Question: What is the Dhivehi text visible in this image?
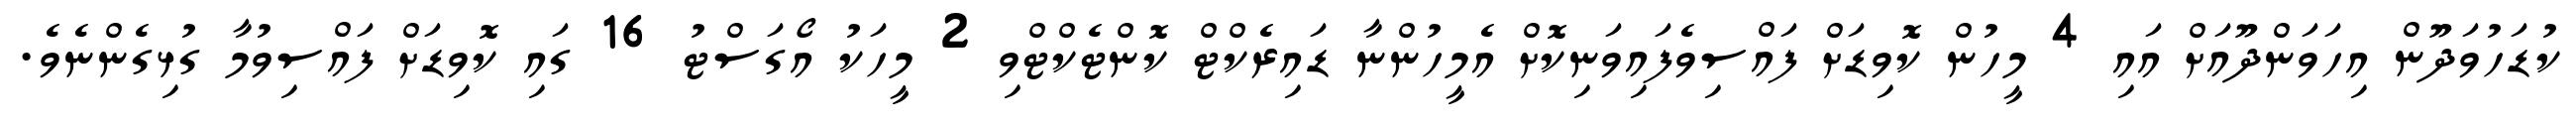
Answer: ކުޑަހުވަދޫން އިހަވަންދޫއަށް އައި 4 މީހުން ކޮވިޑަށް ފައްސިވެފައިވަނިކޮށް އެމީހުންނާ ޑައިރެކްޓް ކޮންޓެކްޓްވި 2 މީހަކު އޯގަސްޓު 16 ގައި ކޮވިޑަށް ފައްސިވުމާ ގުޅިގެންނެވެ.